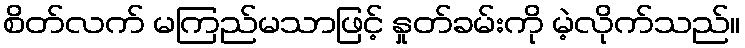
စိတ်လက် မကြည်မသာဖြင့် နှုတ်ခမ်းကို မဲ့လိုက်သည်။